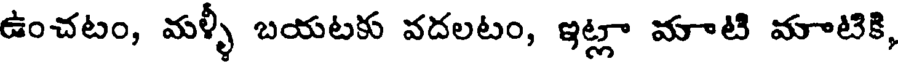
ఉంచటం, మళ్ళీ బయటకు వదలటం, ఇట్లా మాటి మాటికి,